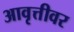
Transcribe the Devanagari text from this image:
आवृत्तीवर